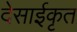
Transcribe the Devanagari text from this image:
देसाईकृत